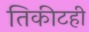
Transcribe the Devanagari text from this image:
तिकीटही